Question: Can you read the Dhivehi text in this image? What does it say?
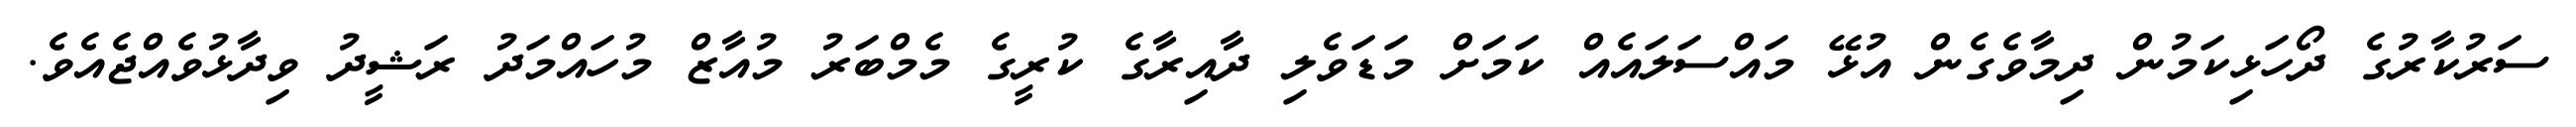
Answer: ސަރުކާރުގެ ދޯހަޅިކަމުން ދިމާވެގެން އުޅޭ މައްސަލައެއް ކަމަށް މަޑަވެލި ދާއިރާގެ ކުރީގެ މެމްބަރު މުއާޒް މުހައްމަދު ރަޝީދު ވިދާޅުވެއްޖެއެވެ.